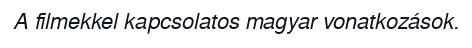
A filmekkel kapcsolatos magyar vonatkozások.